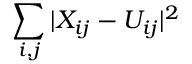
\sum _ { i , j } | X _ { i j } - U _ { i j } | ^ { 2 }